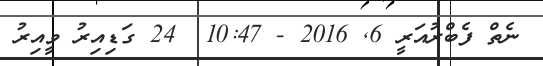
ނެތް ފެބްރުއަރީ 6